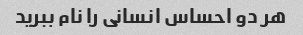
هر دو احساس انسانی را نام ببرید